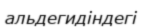
альдегидіндегі